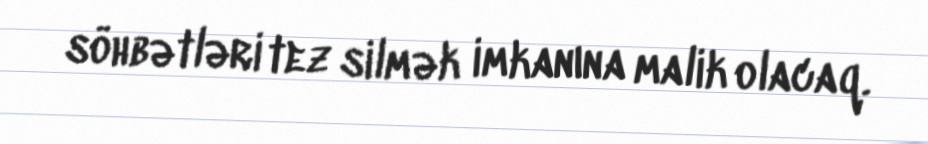
söhbətləri tez silmək imkanına malik olacaq.